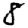
Digit: 8